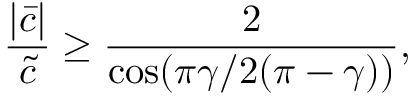
\frac { | \bar { c } | } { \tilde { c } } \geq \frac { 2 } { \cos ( \pi \gamma / 2 ( \pi - \gamma ) ) } ,